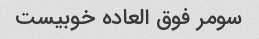
سومر فوق العاده خوبیست